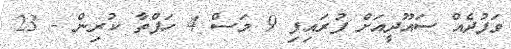
ވަފުދެއް ސައޫދީއަށް ފުރައިފި 9 މަސް 4 ހަފްތާ ކުރިން - 23